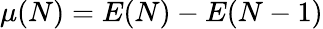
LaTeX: \mu(N)=E(N)-E(N-1)